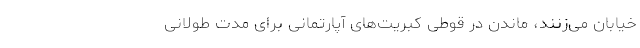
خیابان می‌زنند، ماندن در قوطی کبریت‌های آپارتمانی برای مدت طولانی